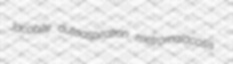
Jacobite autoaspiration metromalacosis